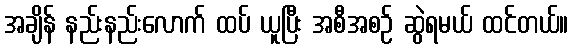
အချိန် နည်းနည်းလောက် ထပ် ယူပြီး အစီအစဉ် ဆွဲရမယ် ထင်တယ်။